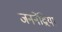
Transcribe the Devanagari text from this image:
जननेंद्रिया